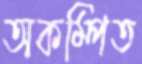
অকম্পিত